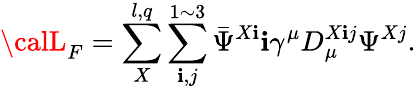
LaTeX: {\calL}_{F}=\sum_{X}^{l,q}\sum_{\mathbf{i},j}^{1\sim3}\bar{{\Psi}}^{X\mathbf{i}}\mathbf{i}\gamma^{\mu}D_{\mu}^{X\mathbf{i}j}\Psi^{Xj}.